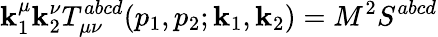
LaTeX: \mathbf{k}_{1}^{\mu}\mathbf{k}_{2}^{\nu}T_{\mu\nu}^{abcd}(p_{1},p_{2};\mathbf{k}_{1},\mathbf{k}_{2})=M^{2}S^{abcd}